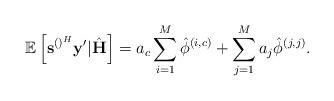
LaTeX: \begin{align*} \mathbb{E}\left[\mathbf{s}^{\left(\right)^H}\mathbf{y}'|\hat{\mathbf{H}}\right]=a_c\sum_{i=1}^M\hat{\phi}^{\left(i,c\right)}+\sum_{j=1}^{M}a_j\hat{\phi}^{\left(j,j\right)}.\end{align*}